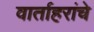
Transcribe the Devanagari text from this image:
वार्ताहरांचे